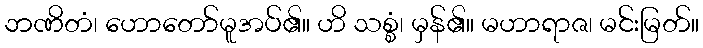
ဘဏိတံ၊ ဟောတော်မူအပ်၏။ ဟိ သစ္စံ၊ မှန်၏။ မဟာရာဇ၊ မင်းမြတ်။